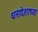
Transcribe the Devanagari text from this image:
धनादेशाच्या